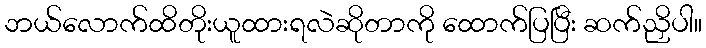
ဘယ်လောက်ထိတိုးယူထားရလဲဆိုတာကို ထောက်ပြပြီး ဆက်ညှိပါ။